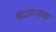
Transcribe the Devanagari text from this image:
बदडण्याचा